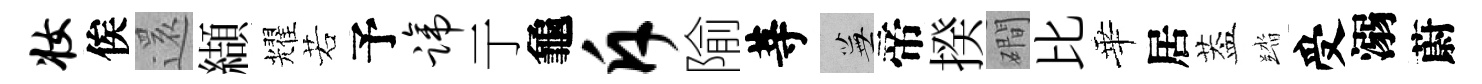
妆俟𮟃纈耀若予蹄亍龜斥隃䓁蕪帝揆磵比華居葢踏受溺蔚